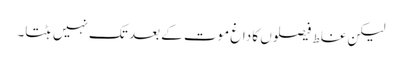
لیکن غلط فیصلوں کا داغ موت کے بعد تک نہیں ہٹتا۔